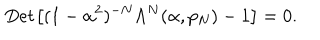
LaTeX: { \it D e t } \left[ ( 1 - \alpha ^ { 2 } ) ^ { - N } \Lambda ^ { N } ( \alpha , p _ { N } ) - 1 \right] = 0 .